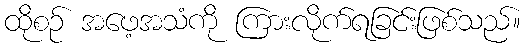
ထိုစဉ် အဖေ့အသံကို ကြားလိုက်ရခြင်းဖြစ်သည်။